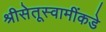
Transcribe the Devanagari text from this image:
श्रीसेतूस्वामींकडे